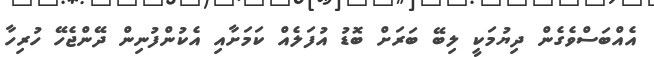
އެއްބަސްވެގެން ދިޔުމަކީ ލިބޭ ބަރަށް ބޮޑު އުފަލެއް ކަމަށާއި އެކުންފުނިން ދޭންޖެހޭ ހުރިހާ